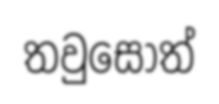
තවුසෝත්